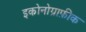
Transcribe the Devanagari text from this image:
इकोनोग्राफ़ीक